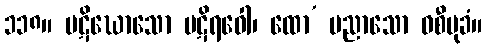
၁၁၈။ ပဋိဃောသော ပဋိရဝေါ၊ ထော’ ပညာသော ဝစီမုခံ။